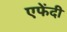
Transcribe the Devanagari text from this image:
एफेंदी